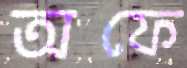
অফে